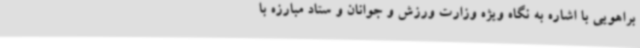
براهویی با اشاره به نگاه ویژه وزارت ورزش و جوانان و ستاد مبارزه با